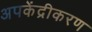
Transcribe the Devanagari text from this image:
अपकेंद्रीकरण